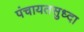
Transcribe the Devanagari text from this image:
पंचायतसुध्दा